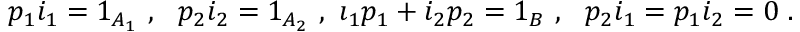
p _ { 1 } i _ { 1 } = 1 _ { A _ { 1 } } \ , \ \ p _ { 2 } i _ { 2 } = 1 _ { A _ { 2 } } \ , \ \i _ { 1 } p _ { 1 } + i _ { 2 } p _ { 2 } = 1 _ { B } \ , \ \ p _ { 2 } i _ { 1 } = p _ { 1 } i _ { 2 } = 0 \ .